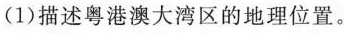
(1)描述粤港澳大湾区的地理位置。